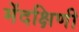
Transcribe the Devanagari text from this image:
मेंदक्षिणी